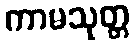
ကာမသုတ္တ